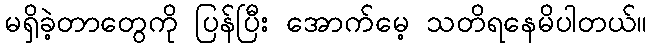
မရှိခဲ့တာတွေကို ပြန်ပြီး အောက်မေ့ သတိရနေမိပါတယ်။